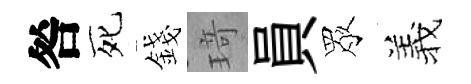
咎死錢𤦺員眾羲